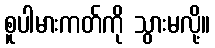
စူပါမားကတ်ကို သွားမလို့။